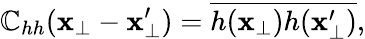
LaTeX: \mathbb{C}_{hh}(\mathbf{{x}}_{\perp}-\mathbf{{x}}_{\perp}^{\prime})=\overline{{{h(\mathbf{{x}}_{\perp})h(\mathbf{{x}}_{\perp}^{\prime})}}},